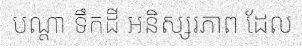
បណ្តា ទឹកដី អនិស្សរភាព ដែល